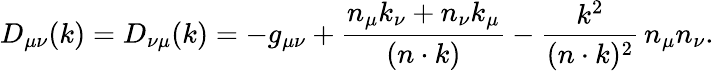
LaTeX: D_{\mu\nu}(k)=D_{\nu\mu}(k)=-g_{\mu\nu}+\frac{n_{\mu}k_{\nu}+n_{\nu}k_{\mu}}{(n\cdot k)}-\frac{k^{2}}{(n\cdot k)^{2}}\, n_{\mu}n_{\nu}.